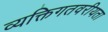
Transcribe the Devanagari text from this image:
व्यक्तिगतवरीयता